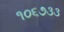
૧૦૬૭૩૩